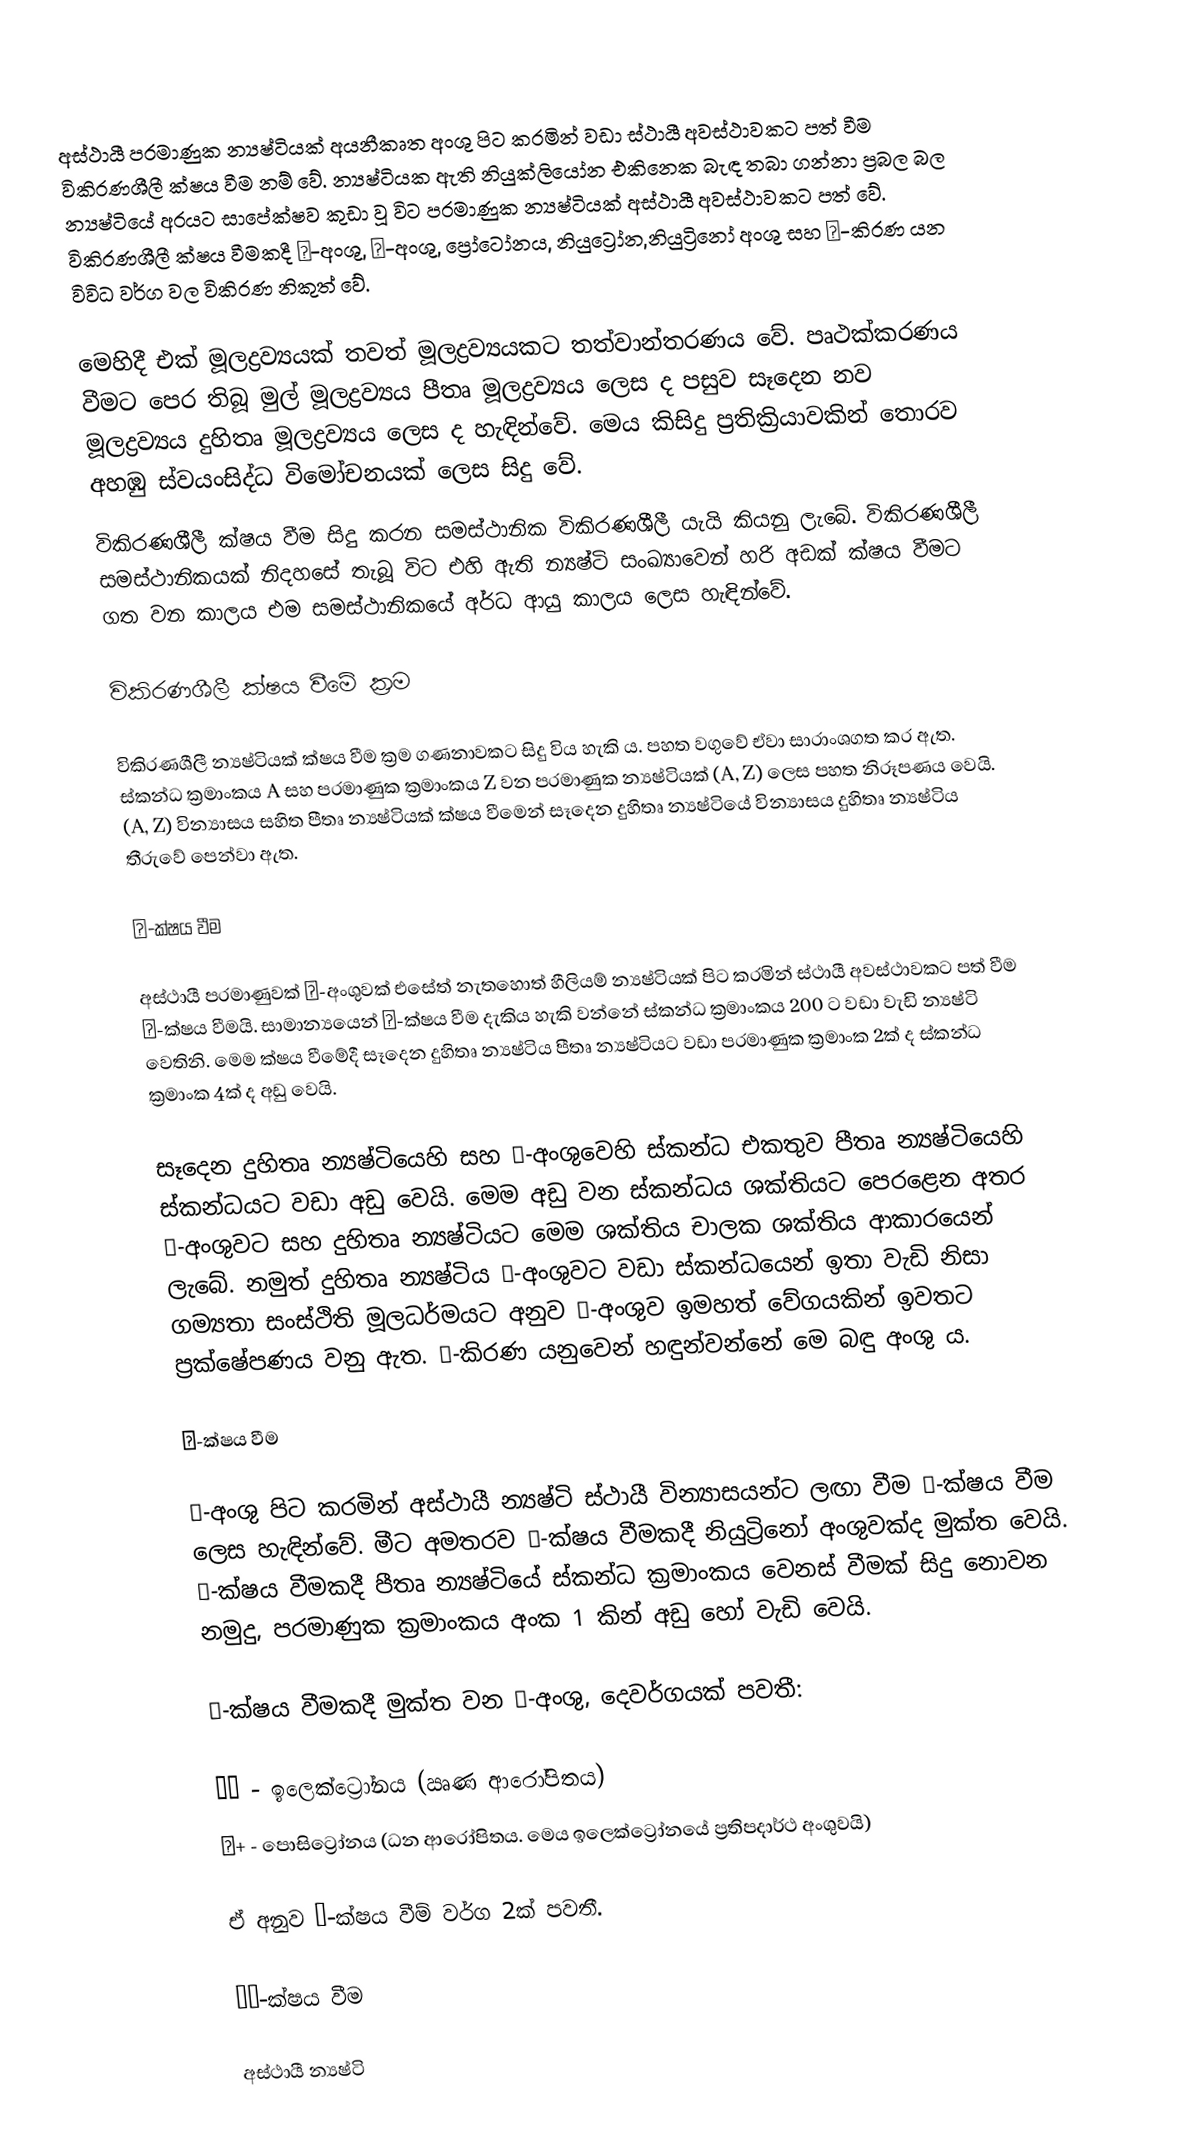
අස්ථායී පරමාණුක න්‍යෂ්ටියක් අයනීකෘත අංශු පිට කරමින් වඩා ස්ථායී අවස්ථාවකට පත් වීම විකිරණශීලී ක්ෂය වීම නම් වේ. න්‍යෂ්ටියක ඇති නියුක්ලියෝන එකිනෙක බැඳ තබා ගන්නා ප්‍රබල බල න්‍යෂ්ටියේ අරයට සාපේක්ෂව කුඩා වූ විට පරමාණුක න්‍යෂ්ටියක් අස්ථායී අවස්ථාවකට පත් වේ. විකිරණශීලී ක්ෂය වීමකදී α-අංශු, β-අංශු, ප්‍රෝටෝනය, නියුට්‍රෝන,නියුට්‍රිනෝ අංශු සහ γ-කිරණ යන විවිධ වර්ග වල විකිරණ නිකුත් වේ.

මෙහිදී එක් මූලද්‍රව්‍යයක් තවත් මූලද්‍රව්‍යයකට තත්වාන්තරණය වේ. පෘථක්කරණය වීමට පෙර තිබූ මුල් මූලද්‍රව්‍යය පීතෘ මූලද්‍රව්‍යය ලෙස ද පසුව සෑදෙන නව මූලද්‍රව්‍යය දුහිතෘ මූලද්‍රව්‍යය ලෙස ද හැඳින්වේ. ‍මෙය කිසිදු ප්‍රතික්‍රියාවකින් තොරව අහඹු ස්වයංසිද්ධ විමෝචනයක් ලෙස සිදු වේ.
විකිරණශීලී ක්ෂය වීම සිදු කරන සමස්ථානික විකිරණශීලී යැයි කියනු ලැබේ. විකිරණශීලී සමස්ථානිකයක් නිදහසේ තැබූ විට එහි ඇති න්‍යෂ්ටි සංඛ්‍යාවෙන් හරි අඩක් ක්ෂය වීමට ගත වන කාලය එම සමස්ථානිකයේ අර්ධ ආයු කාලය ලෙස හැඳින්වේ.

විකිරණශීලී ක්ෂය වීමේ ක්‍රම

විකිරණශීලී න්‍යෂ්ටියක් ක්ෂය වීම ක්‍රම ගණනාවකට සිදු විය හැකි ය. පහත වගුවේ ඒවා සාරාංශගත කර ඇත. ස්කන්ධ ක්‍රමාංකය A සහ පරමාණුක ක්‍රමාංකය Z  වන පරමාණුක න්‍යෂ්ටියක් (A, Z) ලෙස පහත නිරූපණය වෙයි. (A, Z) වින්‍යාසය සහිත පීතෘ න්‍යෂ්ටියක් ක්ෂය වීමෙන් සෑදෙන දුහිතෘ න්‍යෂ්ටියේ වින්‍යාසය දුහිතෘ න්‍යෂ්ටිය තීරුවේ පෙන්වා ඇත.

α-ක්ෂය වීම

අස්ථායී පරමාණුවක් α-අංශුවක් එසේත් නැතහොත් හීලියම් න්‍යෂ්ටියක් පිට කරමින් ස්ථායී අවස්ථාවකට පත් වීම α-ක්ෂය වීමයි. සාමාන්‍යයෙන් α-ක්ෂය වීම දැකිය හැකි වන්නේ ස්කන්ධ ක්‍රමාංකය 200 ට වඩා වැඩි න්‍යෂ්ටි වෙතිනි. මෙම ක්ෂය වීමේදී සෑදෙන දුහිතෘ න්‍යෂ්ටිය පීතෘ න්‍යෂ්ටියට වඩා පරමාණුක ක්‍රමාංක 2ක් ද ස්කන්ධ ක්‍රමාංක 4ක් ද අඩු වෙයි.

සෑදෙන දුහිතෘ න්‍යෂ්ටියෙහි සහ α-අංශුවෙහි ස්කන්ධ එකතුව පීතෘ න්‍යෂ්ටියෙහි ස්කන්ධයට වඩා අඩු වෙයි. මෙම අඩු වන ස්කන්ධය ශක්තියට පෙරළෙන අතර α-අංශුවට සහ දුහිතෘ න්‍යෂ්ටියට මෙම ශක්තිය චාලක ශක්තිය ආකාරයෙන් ලැබේ. නමුත් දුහිතෘ න්‍යෂ්ටිය α-අංශුවට වඩා ස්කන්ධයෙන් ඉතා වැඩි නිසා ගම්‍යතා සංස්ථිති මූලධර්මයට අනුව α-අංශුව ඉමහත් වේගයකින් ඉවතට ප්‍රක්ෂේපණය වනු ඇත. α-කිරණ යනුවෙන් හඳුන්වන්නේ මෙ බඳු අංශු ය.

β-ක්ෂය වීම

β-අංශු පිට කරමින් අස්ථායී න්‍යෂ්ටි ස්ථායී වින්‍යාසයන්ට ලඟා වීම β-ක්ෂය වීම ලෙස හැඳින්වේ. මීට අමතරව β-ක්ෂය වීමකදී නියුට්‍රිනෝ අංශුවක්ද මුක්ත වෙයි.  β-ක්ෂය වීමකදී පීතෘ න්‍යෂ්ටියේ ස්කන්ධ ක්‍රමාංකය වෙනස් වීමක් සිදු නොවන නමුදු, පරමාණුක ක්‍රමාංකය අංක 1 කින් අඩු හෝ වැඩි වෙයි.

β-ක්ෂය වීමකදී මුක්ත වන β-අංශු, දෙවර්ගයක් පවතී:

 β− - ඉලෙක්ට්‍රෝනය (ඍණ ආරෝපිතය)
 β+ - පොසිට්‍රෝනය (ධන ආරෝපිතය. මෙය ඉලෙක්ට්‍රෝනයේ ප්‍රතිපදාර්ථ අංශුවයි)

ඒ අනුව β-ක්ෂය වීම් වර්ග 2ක් පවතී.

β−-ක්ෂය වීම

අස්ථායී න්‍යෂ්ටි